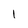
Character: 1